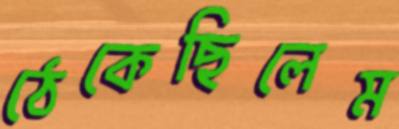
ঠেকেছিলেম